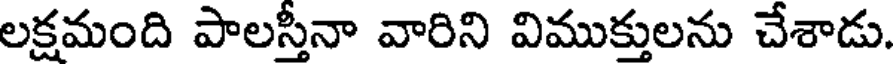
లక్షమంది పాలస్తీనా వారిని విముక్తులను చేశాడు.